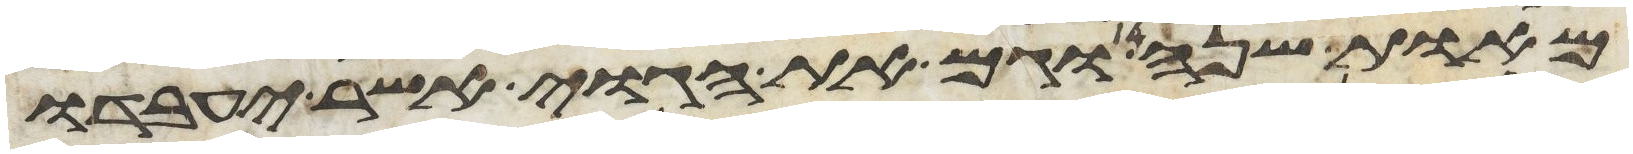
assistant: מאות שנה וגם את הגוי אשר יעבדו